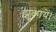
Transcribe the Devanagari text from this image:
झुकायें।